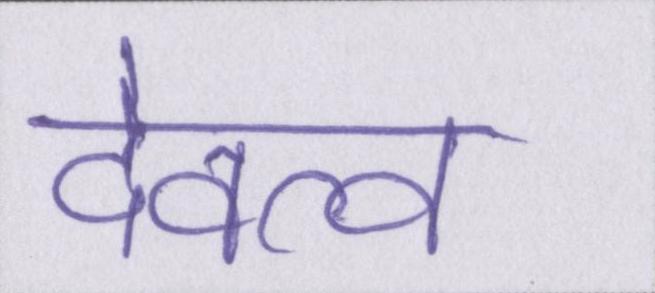
देवत्व